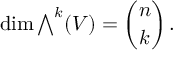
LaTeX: \dim { \textstyle \bigwedge } ^ { k } ( V ) = { \binom { n } { k } } \, .